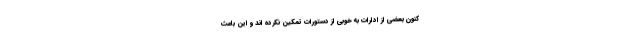
کنون بعضی از ادارات به خوبی از دستورات تمکین نکرده اند و این باعث